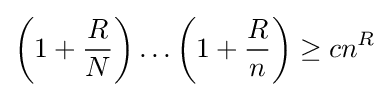
\left(1+{\frac {R}{N}}\right)\dots \left(1+{\frac {R}{n}}\right)\geq cn^{R}